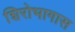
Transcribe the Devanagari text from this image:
शिरोभागास